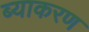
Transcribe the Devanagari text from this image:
ब्याकरण